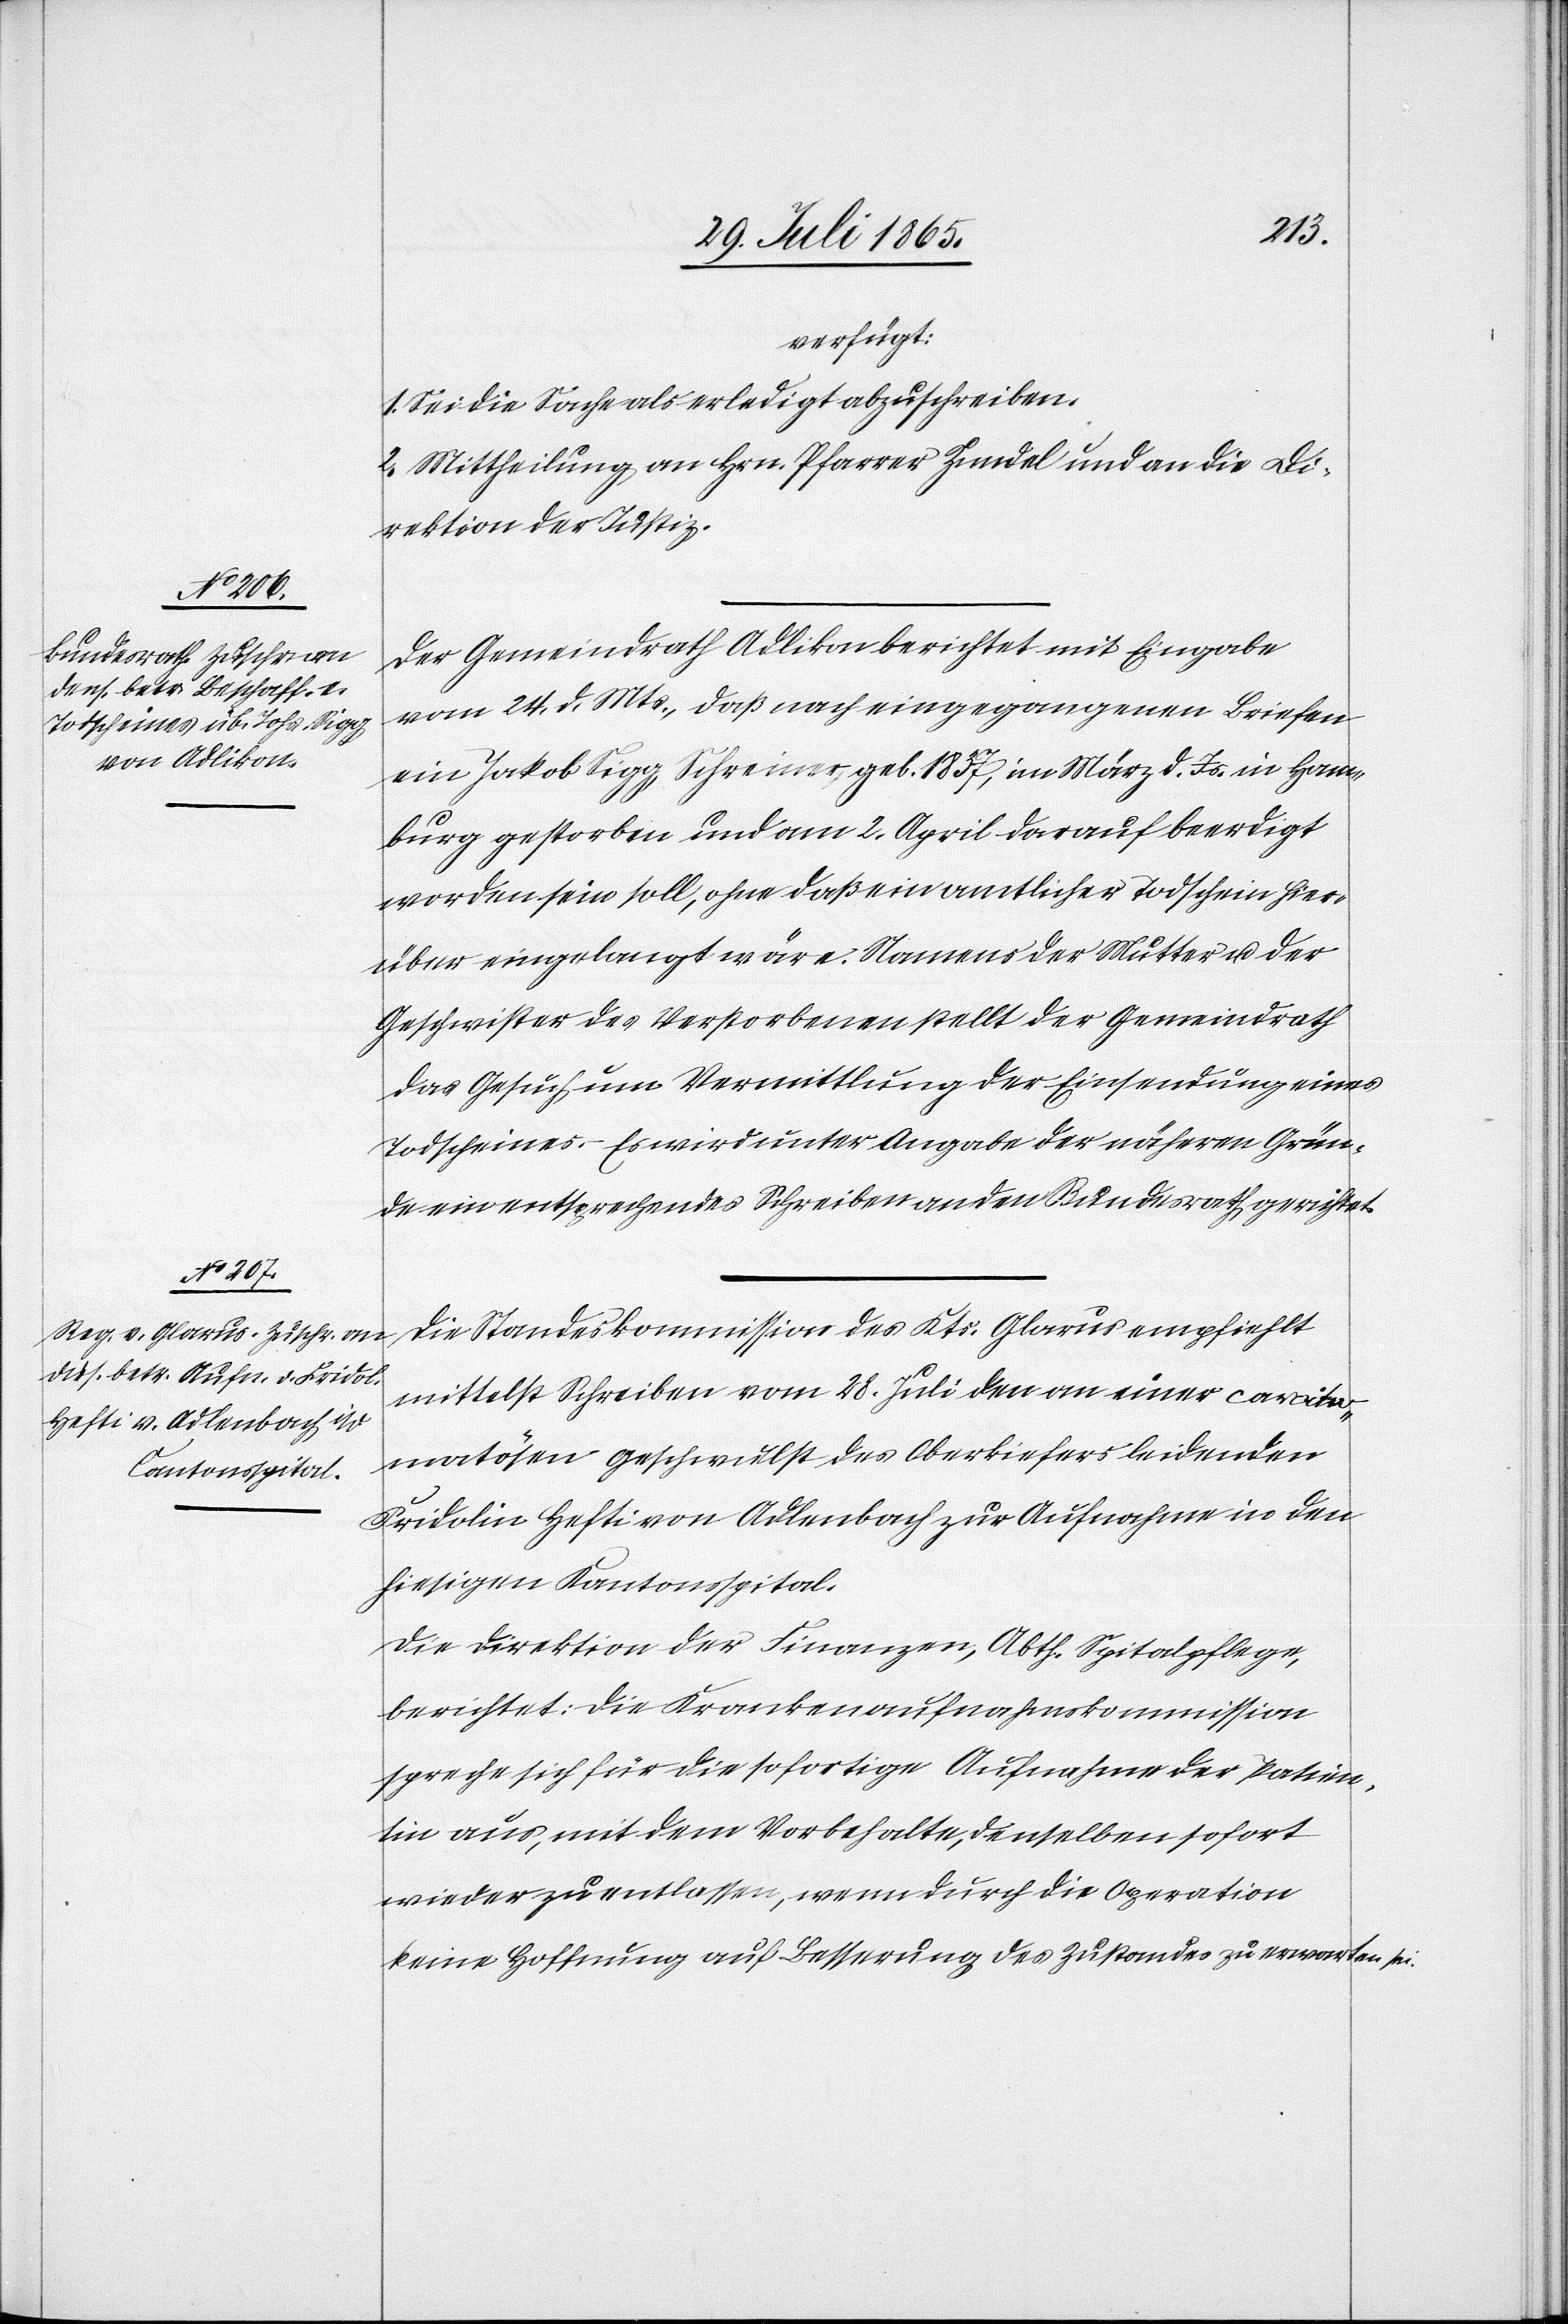
1865.]
verfügt:
1. Sei die Sache als erledigt abzuschreiben.
2. Mittheilung an Hrn. Pfarrer Zundel [sic!] und an die Di¬
rektion der Justiz.
Der Gemeindrath Adlikon berichtet mit Eingabe
vom 24. d. Mts., daß nach eingegangenen Briefen
burg gestorben und am 2. April darauf beerdigt
worden sein soll, ohne daß ein amtlicher Todschein hier¬
über eingelangt wäre. Namens der Mutter u. der
Geschwister des Verstorbenen stellt der Gemeindrath
das Gesuch um Vermittlung der Einsendung eines
Todscheines. Es wird unter Angabe der näheren Grün¬
de ein entsprechendes Schreiben an den Bundesrath gerichtet.
Die Standeskommission des Kts. Glarus empfiehlt
mittelst Schreiben vom 28. Juli den an einer car[?it¬
e]matösen Geschwulst des Oberkiefers leidenden
Fridolin Hefti von Adlenbach zur Aufnahme in den
hiesigen Kantonsspital.
Die Direktion der Finanzen, Abth. Spitalpflege,
berichtet: Die Krankenaufnahmskommission
spreche sich für die sofortige Aufnahme der Patientin
aus, mit dem Vorbehalte, denselben sofort
wieder zu entlassen, wenn durch die Operation
keine Hoffnung auf Besserung des Zustandes zu erwarten sei.